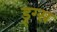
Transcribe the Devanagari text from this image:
ड्र्ग्स